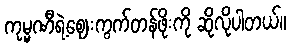
ကုမ္မဏီရဲ့ဈေးကွက်တန်ဖိုးကို ဆိုလိုပါတယ်။